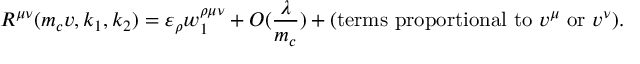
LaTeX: R ^ { \mu \nu } ( m _ { c } v , k _ { 1 } , k _ { 2 } ) = \varepsilon _ { \rho } w _ { 1 } ^ { \rho \mu \nu } + { \cal O } ( \frac { \lambda } { m _ { c } } ) + ( \mathrm { t e r m s \ p r o p o r t i o n a l \ t o \ } v ^ { \mu } \ \mathrm { o r } \ v ^ { \nu } ) .